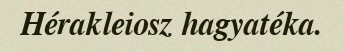
Hérakleiosz hagyatéka.